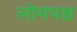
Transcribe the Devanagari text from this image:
लोमपक्ष